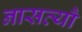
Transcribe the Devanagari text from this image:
नासत्यौ